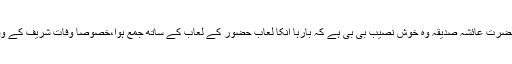
چوتھے یہ کہ حضرت عائشہ صدیقہ وہ خوش نصیب بی بی ہے کہ بارہا انکا لعاب حضور کے لعاب کے ساتھ جمع ہوا،خصوصًا وفات شریف کے وقت مسواک میں۔